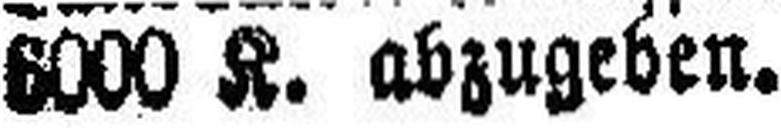
6000 K. abzugeben.